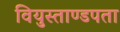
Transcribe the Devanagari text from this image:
वियुस्ताण्डपता